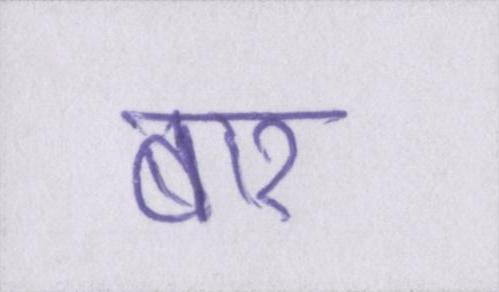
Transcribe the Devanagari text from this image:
बार